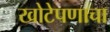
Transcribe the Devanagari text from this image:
खोटेपणाचा